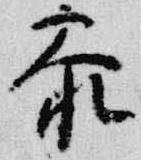
参